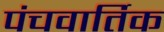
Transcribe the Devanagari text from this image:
पंचवार्तिक